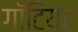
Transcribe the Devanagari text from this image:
गॉटियर